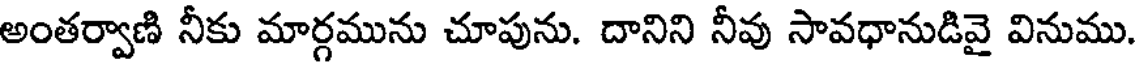
అంతర్వాణి నీకు మార్గమును చూపును. దానిని నీవు సావధానుడివై వినుము.